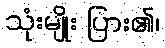
သုံးမျိုး ပြား၏၊